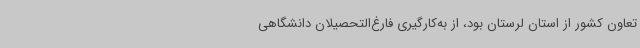
تعاون کشور از استان لرستان بود، از به‌کارگیری فارغ‌التحصیلان دانشگاهی